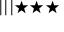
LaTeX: | | | \bigstar \bigstar \bigstar